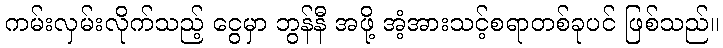
ကမ်းလှမ်းလိုက်သည့် ငွေမှာ ဘွန်နီ အဖို့ အံ့အားသင့်စရာတစ်ခုပင် ဖြစ်သည်။